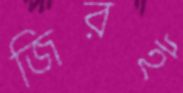
জিরই